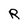
Character: R